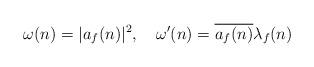
LaTeX: \begin{align*}\omega(n)=|a_f(n)|^2,\quad\omega'(n)=\overline{a_f(n)}\lambda_f(n)\end{align*}